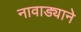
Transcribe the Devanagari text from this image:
नावाड्याने